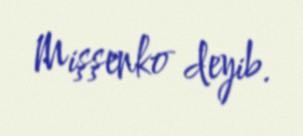
Mişşenko deyib.